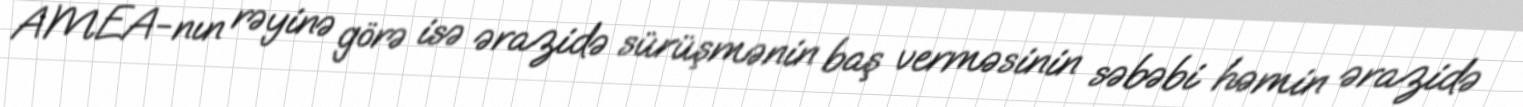
AMEA-nın rəyinə görə isə ərazidə sürüşmənin baş verməsinin səbəbi həmin ərazidə